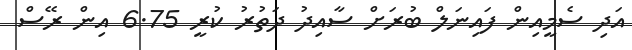
އަދި ސެމީއިން ފައިނަލް ބުރަށް ސާއިދު ދަތުރު ކުރީ 6.75 އިން ރޭސް